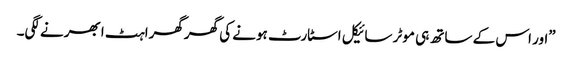
”اور اس کے ساتھ ہی موٹر سائیکل اسٹارٹ ہونے کی گھرگھراہٹ ابھرنے لگی۔